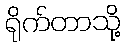
ရိုက်တာသို့